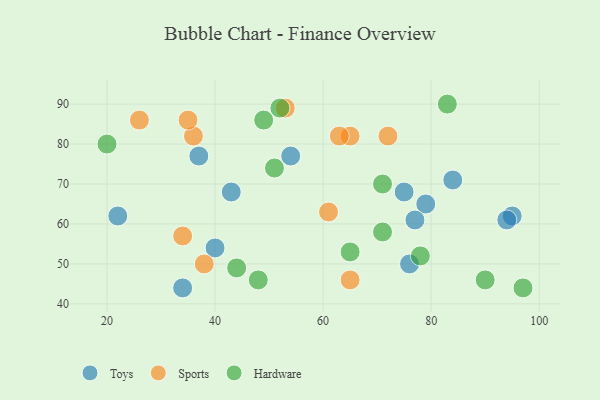
{"axis": {"x": "GDP", "y": "Life Expectancy"}, "legend": ["Hardware", "Sports", "Toys"], "data": [{"x": "40", "y": 54, "type": "Toys"}, {"x": "84", "y": 71, "type": "Toys"}, {"x": "43", "y": 68, "type": "Toys"}, {"x": "95", "y": 62, "type": "Toys"}, {"x": "54", "y": 77, "type": "Toys"}, {"x": "79", "y": 65, "type": "Toys"}, {"x": "22", "y": 62, "type": "Toys"}, {"x": "34", "y": 44, "type": "Toys"}, {"x": "94", "y": 61, "type": "Toys"}, {"x": "37", "y": 77, "type": "Toys"}, {"x": "77", "y": 61, "type": "Toys"}, {"x": "75", "y": 68, "type": "Toys"}, {"x": "76", "y": 50, "type": "Toys"}, {"x": "38", "y": 50, "type": "Sports"}, {"x": "72", "y": 82, "type": "Sports"}, {"x": "61", "y": 63, "type": "Sports"}, {"x": "36", "y": 82, "type": "Sports"}, {"x": "35", "y": 86, "type": "Sports"}, {"x": "65", "y": 46, "type": "Sports"}, {"x": "34", "y": 57, "type": "Sports"}, {"x": "26", "y": 86, "type": "Sports"}, {"x": "53", "y": 89, "type": "Sports"}, {"x": "65", "y": 82, "type": "Sports"}, {"x": "63", "y": 82, "type": "Sports"}, {"x": "49", "y": 86, "type": "Hardware"}, {"x": "71", "y": 58, "type": "Hardware"}, {"x": "20", "y": 80, "type": "Hardware"}, {"x": "65", "y": 53, "type": "Hardware"}, {"x": "78", "y": 52, "type": "Hardware"}, {"x": "90", "y": 46, "type": "Hardware"}, {"x": "83", "y": 90, "type": "Hardware"}, {"x": "71", "y": 70, "type": "Hardware"}, {"x": "51", "y": 74, "type": "Hardware"}, {"x": "97", "y": 44, "type": "Hardware"}, {"x": "52", "y": 89, "type": "Hardware"}, {"x": "48", "y": 46, "type": "Hardware"}, {"x": "44", "y": 49, "type": "Hardware"}]}